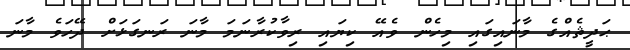
ޙަދީޘެއްގެ މާނައިގައި މިހެން ވެއޭ ކިޔައި ރިވާކުރާނަމަ މާނަ ރަނގަޅަށް ދޭހަވެ މާނަ